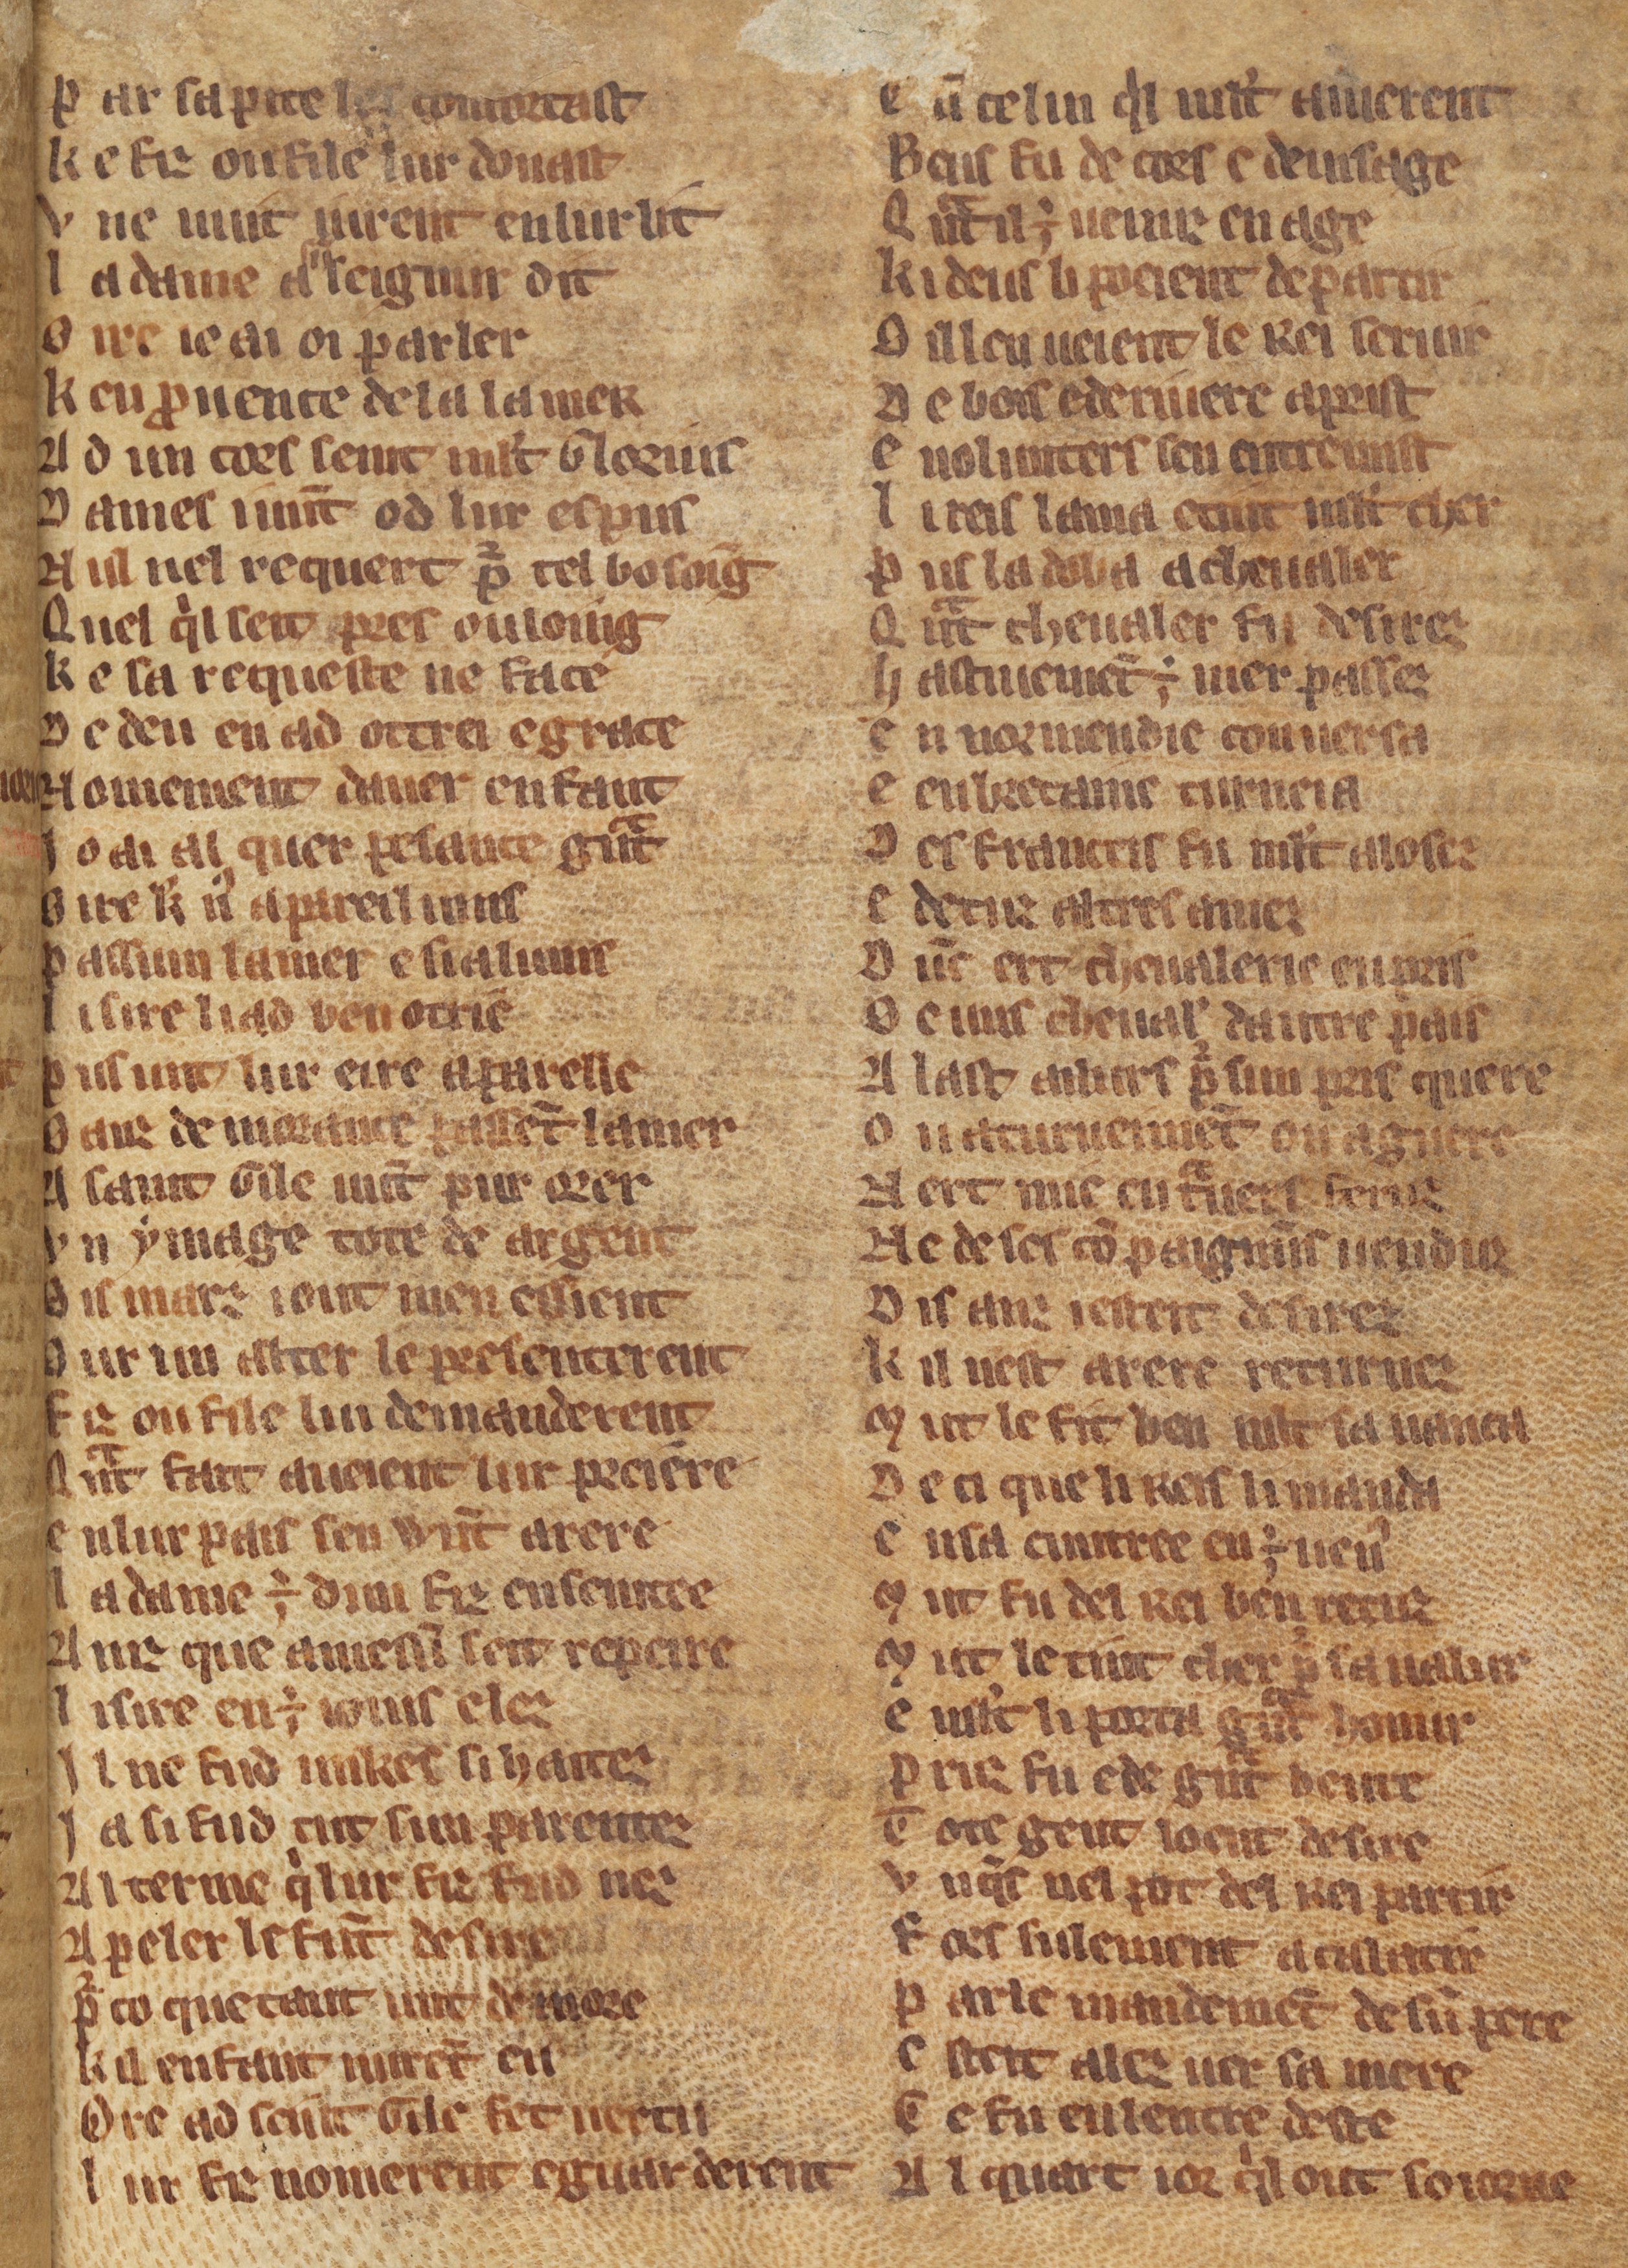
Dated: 1270–1330